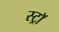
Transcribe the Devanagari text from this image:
स्ट्राॅ